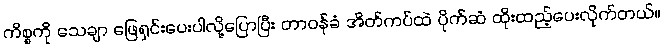
ကိစ္စကို သေချာ ဖြေရှင်းပေးပါလို့ပြောပြီး တာဝန်ခံ အိတ်ကပ်ထဲ ပိုက်ဆံ ထိုးထည့်ပေးလိုက်တယ်။